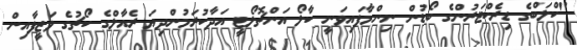
"ކްލަބްގެ ޑިރެކްޓަރުންގެ ބޯޑުން ނިންމާފައިވަނީ ކާލޯ އަންޗޮލޯޓީ އަދާކުރަމުންދިޔަ ރެއާލްގެ ކޯޗުގެ ވަޒީފާއިން